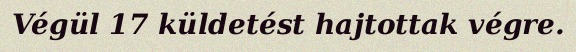
Végül 17 küldetést hajtottak végre.